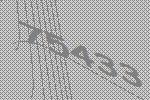
75433